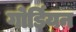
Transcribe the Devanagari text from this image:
गोर्डियन